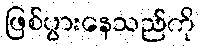
ဖြစ်ပွားနေသည်ကို